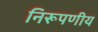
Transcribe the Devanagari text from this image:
निरूपणीय